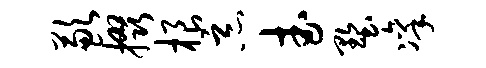
歉掇根恶武墅凛